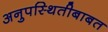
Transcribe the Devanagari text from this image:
अनुपस्थितीबाबत